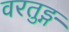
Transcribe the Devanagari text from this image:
वरतुङ्ग